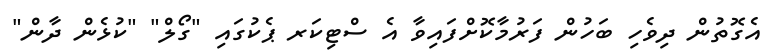
އެގޮތުން ދިވެހި ބަހުން ފަރުމާކޮށްފައިވާ އެ ސްޓިކަރ ޕެކުގައި "ގޯލް" "ކުޅެން ދާން"